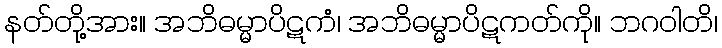
နတ်တို့အား။ အဘိဓမ္မာပိဋကံ၊ အဘိဓမ္မာပိဋကတ်ကို။ ဘဂဝါတိ၊